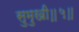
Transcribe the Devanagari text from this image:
सुमुखी॥५॥